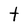
Character: t